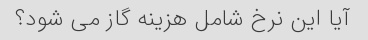
آیا این نرخ شامل هزینه گاز می شود؟